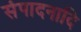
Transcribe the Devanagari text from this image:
संपादनादि